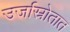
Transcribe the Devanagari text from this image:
उर्जास्रोतात